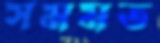
সমমত